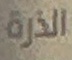
الذرة